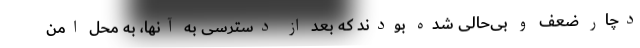
دچار ضعف و بی‌حالی شده بودند که بعد از دسترسی به آنها، به محل امن